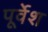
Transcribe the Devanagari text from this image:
पूर्वेश